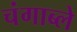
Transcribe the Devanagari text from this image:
चंगाब्ले